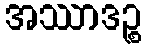
အဿာဒဉ္စ